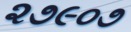
૨૭૯૦૭